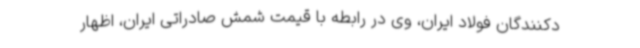
دکنندگان فولاد ایران، وی در رابطه با قیمت شمش صادراتی ایران، اظهار